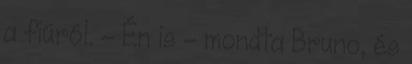
a fiúról. – Én is – mondta Bruno, és